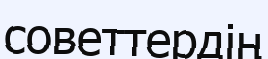
советтердің